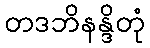
တဒဘိနန္ဒိတုံ